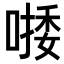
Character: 𠼈